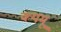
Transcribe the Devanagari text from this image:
क्यमू